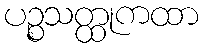
ပဉ္စသတ္ထုကထာ